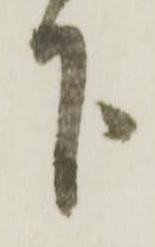
下